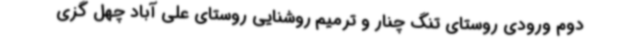
دوم ورودی روستای تنگ چنار و ترمیم روشنایی روستای علی آباد چهل گزی